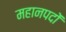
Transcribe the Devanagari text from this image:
महानपदों